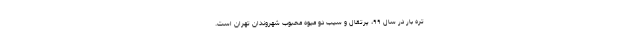
تره بار در سال ۹۹، پرتقال و سیب دو میوه محبوب شهروندان تهران است.